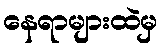
နေရာများထဲမှ